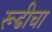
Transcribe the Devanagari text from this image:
रूढीचा